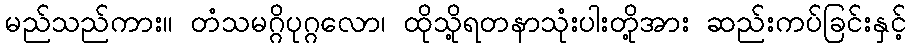
မည်သည်ကား။ တံသမဂ္ဂိပုဂ္ဂလော၊ ထိုသို့ရတနာသုံးပါးတို့အား ဆည်းကပ်ခြင်းနှင့်